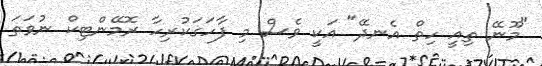
"މޫނޭ ތިއީ ހިތް އެނދޭ" އަކީ ވެސް މި ފާހަގަކުރިހާ ރޮމޭންޓިކް ނުވަތަ